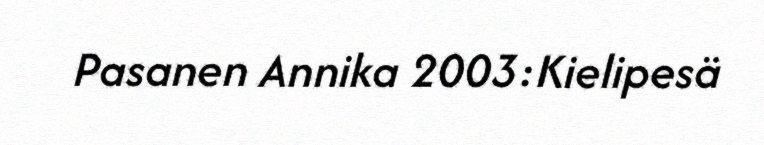
Pasanen Annika 2003:Kielipesä